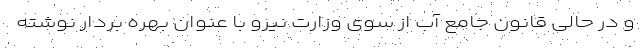
و در حالی قانون جامع آب از سوی وزارت نیرو با عنوان بهره بردار نوشته